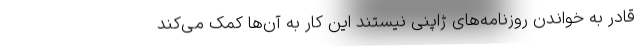
قادر به خواندن روزنامه‌های ژاپنی نیستند این کار به آن‌ها کمک می‌کند